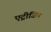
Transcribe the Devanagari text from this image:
एट्रीजिन